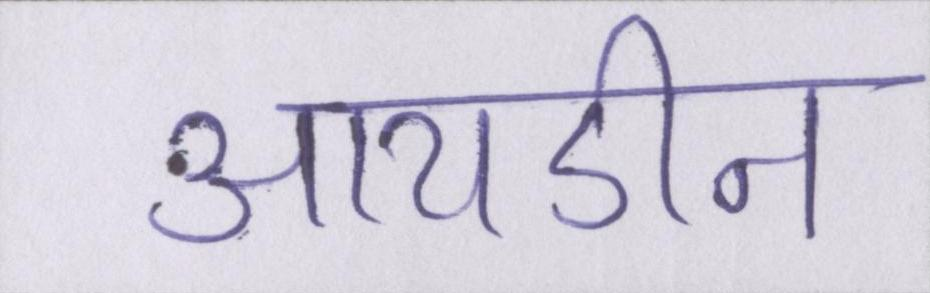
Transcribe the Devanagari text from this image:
आयडीन